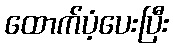
ထောက်ပံ့ပေးပြီး